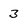
Character: 3